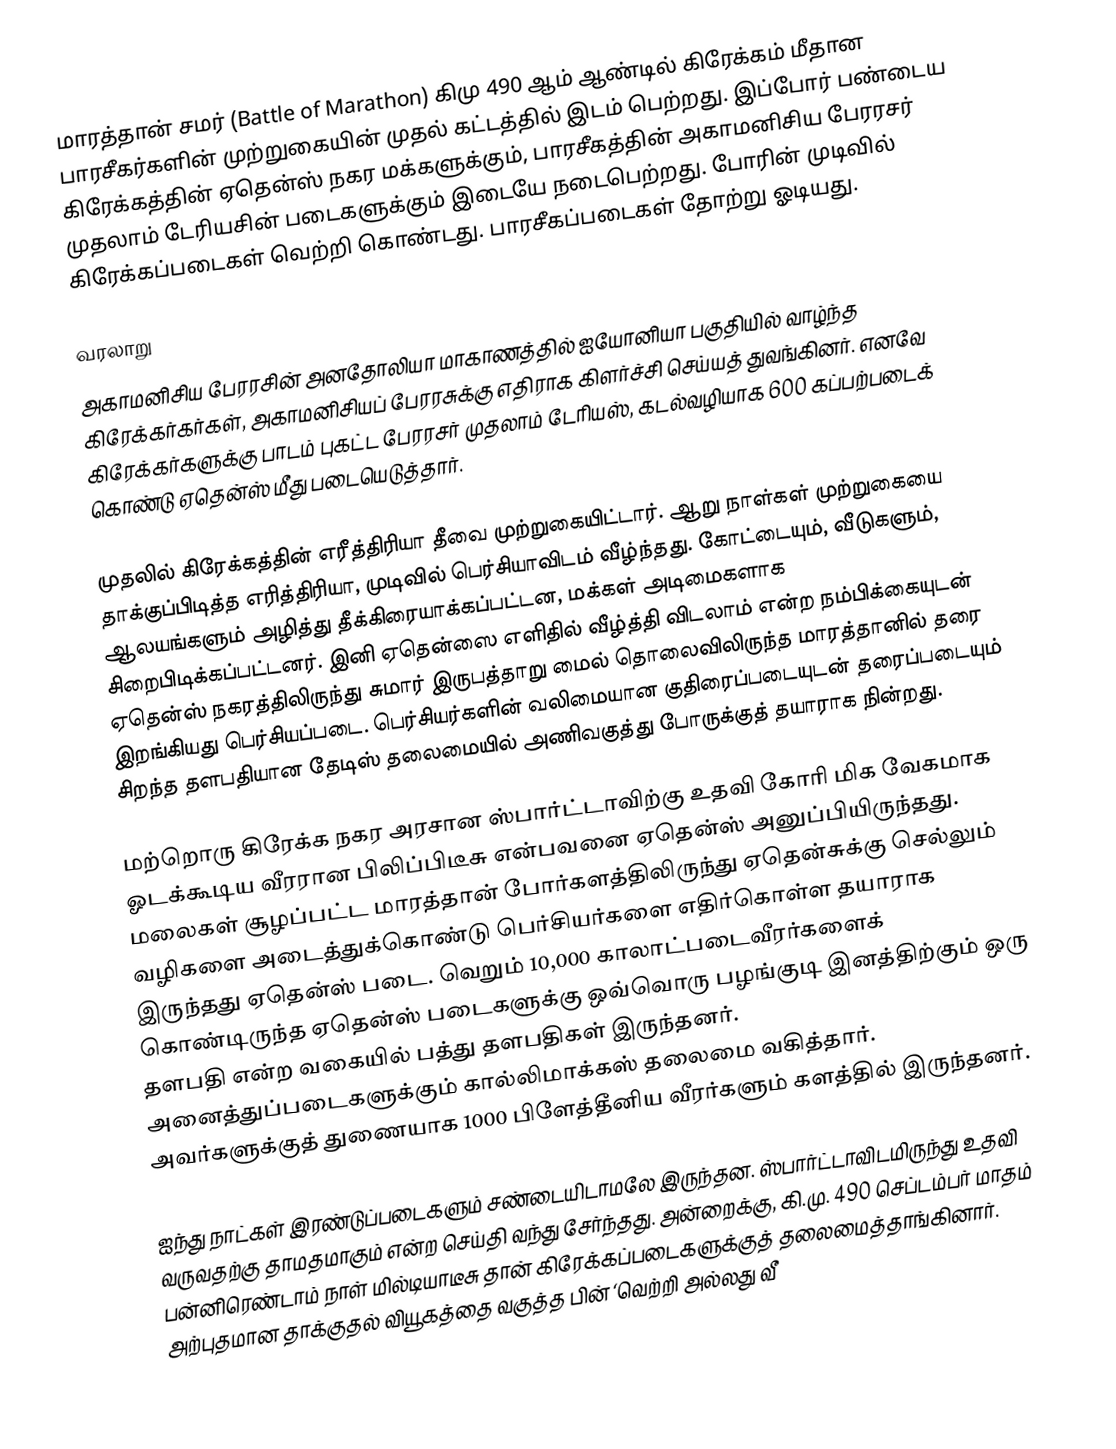
மாரத்தான் சமர் (Battle of Marathon) கிமு 490 ஆம் ஆண்டில் கிரேக்கம் மீதான பாரசீகர்களின் முற்றுகையின் முதல் கட்டத்தில் இடம் பெற்றது. இப்போர் பண்டைய கிரேக்கத்தின் ஏதென்ஸ்  நகர மக்களுக்கும்,  பாரசீகத்தின் அகாமனிசிய பேரரசர் முதலாம் டேரியசின் படைகளுக்கும்  இடையே நடைபெற்றது.  போரின் முடிவில் கிரேக்கப்படைகள் வெற்றி கொண்டது. பாரசீகப்படைகள் தோற்று ஓடியது.

வரலாறு
அகாமனிசிய பேரரசின் அனதோலியா மாகாணத்தில் ஐயோனியா பகுதியில் வாழ்ந்த கிரேக்கர்கர்கள், அகாமனிசியப் பேரரசுக்கு எதிராக கிளர்ச்சி செய்யத் துவங்கினர். எனவே கிரேக்கர்களுக்கு பாடம் புகட்ட பேரரசர் முதலாம் டேரியஸ், கடல்வழியாக 600 கப்பற்படைக் கொண்டு  ஏதென்ஸ் மீது  படையெடுத்தார்.

முதலில் கிரேக்கத்தின் எரீத்திரியா தீவை முற்றுகையிட்டார். ஆறு நாள்கள் முற்றுகையை தாக்குப்பிடித்த எரித்திரியா, முடிவில் பெர்சியாவிடம் வீழ்ந்தது. கோட்டையும், வீடுகளும், ஆலயங்களும் அழித்து தீக்கிரையாக்கப்பட்டன, மக்கள் அடிமைகளாக சிறைபிடிக்கப்பட்டனர். இனி ஏதென்ஸை எளிதில் வீழ்த்தி விடலாம் என்ற நம்பிக்கையுடன் ஏதென்ஸ் நகரத்திலிருந்து சுமார் இருபத்தாறு மைல் தொலைவிலிருந்த மாரத்தானில் தரை இறங்கியது பெர்சியப்படை. பெர்சியர்களின் வலிமையான குதிரைப்படையுடன் தரைப்படையும் சிறந்த தளபதியான தேடிஸ் தலைமையில் அணிவகுத்து போருக்குத் தயாராக நின்றது.

மற்றொரு கிரேக்க நகர அரசான ஸ்பார்ட்டாவிற்கு உதவி கோரி மிக வேகமாக ஓடக்கூடிய வீரரான பிலிப்பிடீசு என்பவனை ஏதென்ஸ் அனுப்பியிருந்தது. மலைகள் சூழப்பட்ட மாரத்தான் போர்களத்திலிருந்து ஏதென்சுக்கு செல்லும் வழிகளை அடைத்துக்கொண்டு பெர்சியர்களை எதிர்கொள்ள தயாராக இருந்தது ஏதென்ஸ் படை. வெறும் 10,000 காலாட்படைவீரர்களைக் கொண்டிருந்த ஏதென்ஸ் படைகளுக்கு ஒவ்வொரு பழங்குடி இனத்திற்கும் ஒரு தளபதி என்ற வகையில் பத்து தளபதிகள் இருந்தனர். அனைத்துப்படைகளுக்கும் கால்லிமாக்கஸ் தலைமை வகித்தார். அவர்களுக்குத் துணையாக 1000 பிளேத்தீனிய வீரர்களும் களத்தில் இருந்தனர்.

ஐந்து நாட்கள் இரண்டுப்படைகளும் சண்டையிடாமலே இருந்தன. ஸ்பார்ட்டாவிடமிருந்து உதவி வருவதற்கு தாமதமாகும் என்ற செய்தி வந்து சேர்ந்தது. அன்றைக்கு, கி.மு. 490 செப்டம்பர் மாதம் பன்னிரெண்டாம் நாள் மில்டியாடீசு தான் கிரேக்கப்படைகளுக்குத் தலைமைத்தாங்கினார். அற்புதமான தாக்குதல் வியூகத்தை வகுத்த பின் ‘வெற்றி அல்லது வீ